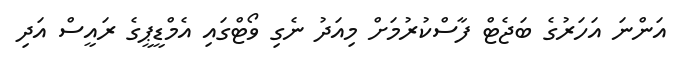
އަންނަ އަހަރުގެ ބަޖެޓް ފާސްކުރުމަށް މިއަދު ނެގި ވޯޓްގައި އެމްޑީޕީގެ ރައީސް އަދި